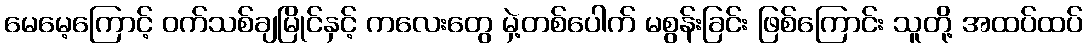
မေမေ့ကြောင့် ဝက်သစ်ချမြိုင်နှင့် ကလေးတွေ မှဲ့တစ်ပေါက် မစွန်းခြင်း ဖြစ်ကြောင်း သူတို့ အထပ်ထပ်